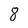
Character: 8